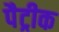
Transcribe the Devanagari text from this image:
पैट्रीक